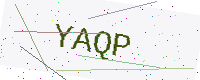
Text: YAQP